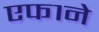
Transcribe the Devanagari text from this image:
एफ१ने